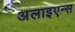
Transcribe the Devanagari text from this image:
अलाइएन्स